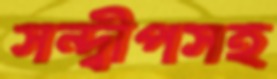
সন্দ্বীপসহ